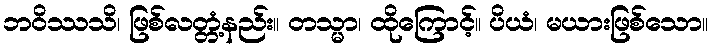
ဘဝိဿသိ၊ ဖြစ်လတ္တံ့နည်း။ တသ္မာ၊ ထိုကြောင့်။ ပိယံ၊ မယားဖြစ်သော။